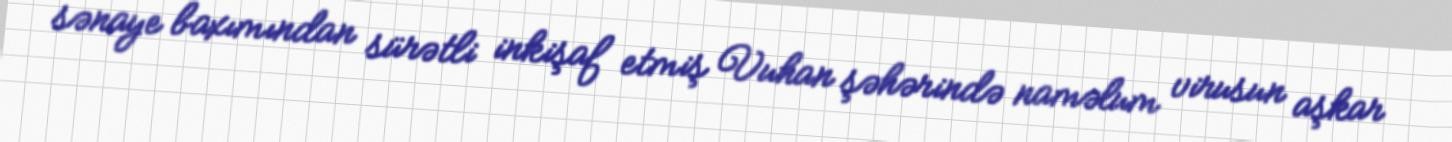
sənaye baxımından sürətli inkişaf etmiş Vuhan şəhərində naməlum virusun aşkar